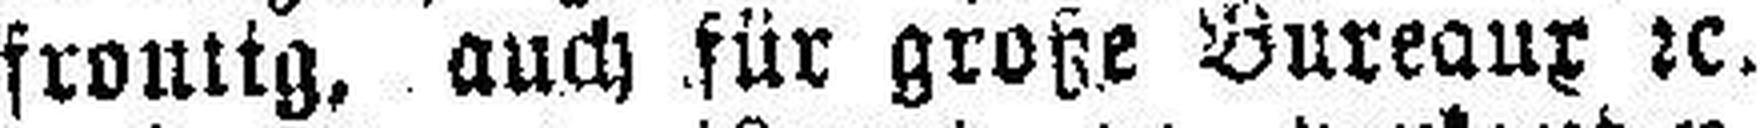
fron###g, auch für große Bureaux 2c.